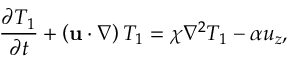
\frac { \partial T _ { 1 } } { \partial t } + \left( { \bf u } \cdot \nabla \right) T _ { 1 } = \chi \nabla ^ { 2 } T _ { 1 } - \alpha u _ { z } ,